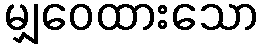
မျှဝေထားသော